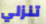
تنزلي